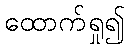
ထောက်ရှု၍